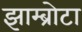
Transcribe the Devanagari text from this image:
झाम्ब्रोटा